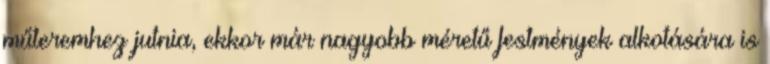
műteremhez jutnia, ekkor már nagyobb méretű festmények alkotására is